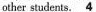
other students. \underline{4}